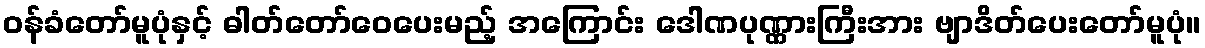
ဝန်ခံတော်မူပုံနှင့် ဓါတ်တော်ဝေပေးမည့် အကြောင်း ဒေါဏပုဏ္ဏားကြီးအား ဗျာဒိတ်ပေးတော်မူပုံ။